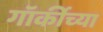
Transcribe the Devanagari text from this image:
गॉर्कीच्या